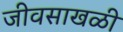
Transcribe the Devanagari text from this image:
जीवसाखळी